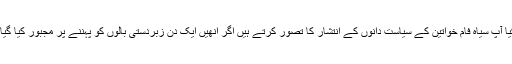
کیا آپ سیاہ فام خواتین کے سیاست دانوں کے انتشار کا تصور کرتے ہیں اگر انھیں ایک دن زبردستی بالوں کو پہننے پر مجبور کیا گیا؟